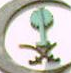
€